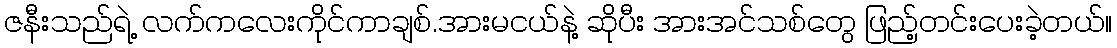
ဇနီးသည်ရဲ့ လက်ကလေးကိုင်ကာချစ်.အားမငယ်နဲ့ ဆိုပီး အားအင်သစ်တွေ ဖြည့်တင်းပေးခဲ့တယ်။